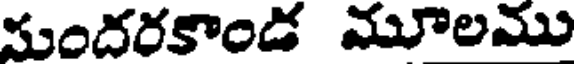
మందరకాండ మూలము